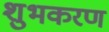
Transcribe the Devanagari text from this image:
शुभकरण